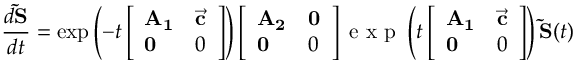
\frac { d \mathbf { \widetilde { S } } } { d t } = \exp \left( - t \left[ \begin{array} { l l } { \mathbf { A _ { 1 } } } & { \vec { \mathbf c } } \\ { \mathbf 0 } & { 0 } \end{array} \right] \right) \left[ \begin{array} { l l } { \mathbf { A _ { 2 } } } & { \mathbf 0 } \\ { \mathbf 0 } & { 0 } \end{array} \right] \mathrm { ~ e ~ x ~ p ~ } \left( t \left[ \begin{array} { l l } { \mathbf { A _ { 1 } } } & { \vec { \mathbf c } } \\ { \mathbf 0 } & { 0 } \end{array} \right] \right) \mathbf { \widetilde S } ( t )